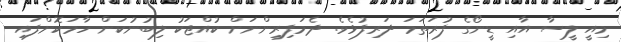
މިއީ ލީސާ އާއި ޑީނޯގެ ފުރަތަމަ ދަރިފުޅެވެ. ދެމަފިރިންނަށް ކުއްޖަކު ލިބުނުކަން ހާމަކޮށްފައި